Vaccination Hyderabad 1872-1889 - 1872-1889
Year: 1872
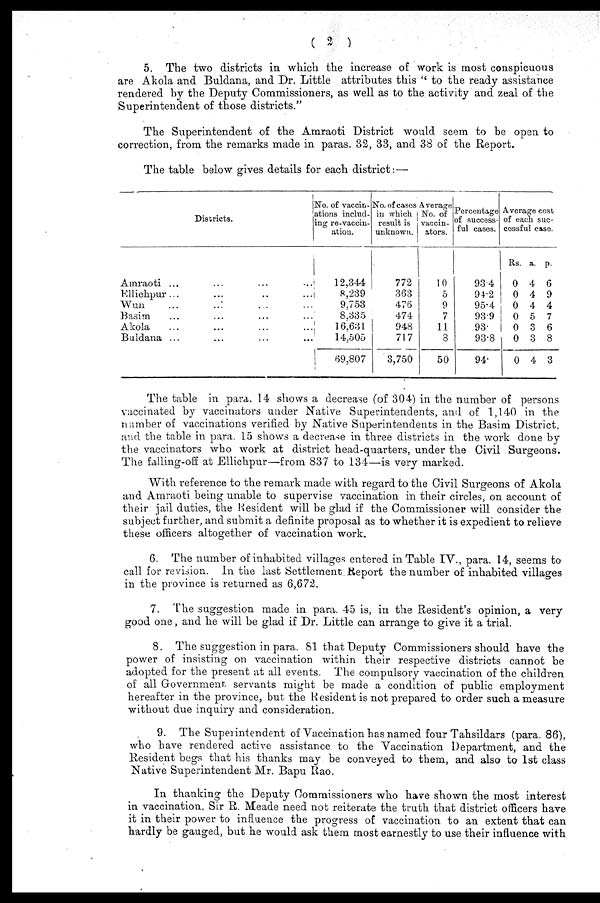
( 2 )
5. The two districts in which the increase of work is most conspicuous
are Akola and Buldana, and Dr. Little attributes this " to the ready assistance
rendered by the Deputy Commissioners, as well as to the activity and zeal of the
Superintendent of those districts."
The Superintendent of the Amraoti District would seem to be open to
correction, from the remarks made in paras. 32, 33, and 38 of the Report.
The table below gives details for each district:—
Districts.
Amraoti ... ... ... ...
Ellichpur ... ... ... ...
Wun ... ... ... ...
Basim ... ... ... ...
Akola
Buldana ...
No. of vaccin-
ations includ-
ing re-vaccin-
ation.
12,344
8,239
9,753
8,335
16,631
14,505
69,807
No. of cases
in which
result is
unknown.
772
363
476
474
948
717
3,750
Average
No. of
vaccin¬
ators.
10
5
9
7
11
8
50
Percentage
of success-
ful cases.
93.4
94.2
95.4
939
93.
93.8
94.
Average cost
of each suc-
cessful case.
Rs.
0
0
0
0
0
0
0
a.
4
4
4
5
3
3
4
p.
6
9
4
7
6
8
3
The table in para. 14 shows a decrease (of 304) in the number of persons
vaccinated by vaccinators under Native Superintendents, and of 1,140 in the
number of vaccinations verified by Native Superintendents in the Basim District,
and the table in para. 15 shows a decrease in three districts in the work done by
the vaccinators who work at district head-quarters, under the Civil Surgeons.
The falling-off at Ellichpur—from 837 to 134—is very marked.
With reference to the remark made with regard to the Civil Surgeons of Akola
and Amraoti being unable to supervise vaccination in their circles, on account of
their jail duties, the Resident will be glad if the Commissioner will consider the
subject further, and submit a definite proposal as to whether it is expedient to relieve
these officers altogether of vaccination work.
6. The number of inhabited villages entered in Table IV., para. 14, seems to
call for revision. In the last Settlement Report the number of inhabited villages
in the province is returned as 6,672.
7. The suggestion made in para. 45 is, in the Resident's opinion, a very
good one, and he will be glad if Dr. Little can arrange to give it a trial.
8. The suggestion in para. 81 that Deputy Commissioners should have the
power of insisting on vaccination within their respective districts cannot be
adopted for the present at all events. The compulsory vaccination of the children
of all Government servants might be made a condition of public employment
hereafter in the province, but the Resident is not prepared to order such a measure
without due inquiry and consideration.
9. The Superintendent of Vaccination has named four Tahsildars (para. 86),
who have rendered active assistance to the Vaccination Department, and the
Resident begs that his thanks may be conveyed to them, and also to 1st class
Native Superintendent Mr. Bapu Rao.
In thanking the Deputy Commissioners who have shown the most interest
in vaccination. Sir R. Meade need not reiterate the truth that district officers have
it in their power to influence the progress of vaccination to an extent that can
hardly be gauged, but he would ask them most earnestly to use their influence with